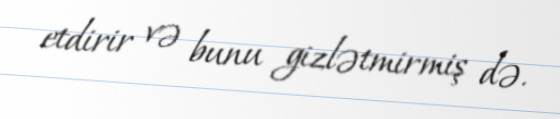
etdirir və bunu gizlətmirmiş də.